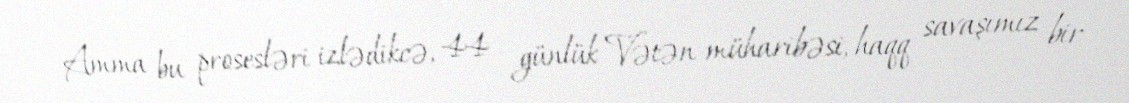
Amma bu prosesləri izlədikcə, 44 günlük Vətən müharibəsi, haqq savaşımız bir